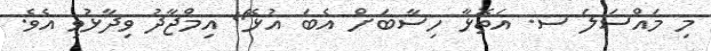
މި މައްސަލަ ސ. އަތޮޅާ ހިސާބަށް އެބަ އުޅޭ" އިމްޖާދު ވިދާޅުވި އެވެ.